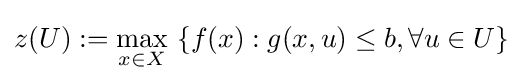
z(U):=\max _{x\in X}\ \{f(x):g(x,u)\leq b,\forall u\in U\}